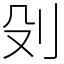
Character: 𠚹